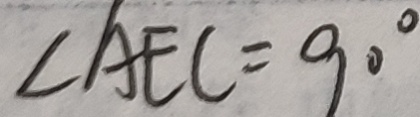
\angle A E C = 9 0 ^ { \circ }